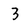
Character: 3